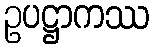
ဥပဋ္ဌာကဿ